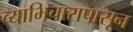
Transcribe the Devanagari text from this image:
व्याभिचारापासून